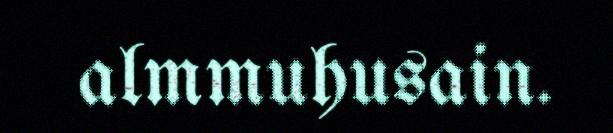
almmuhusain.